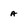
Character: a